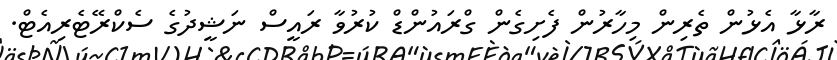
ރާޅާ އެޅުން ތެރިން މިހާރުން ފެށިގެން ގްރައުންޑް ކުރުވާ ރައީސް ނަޝީދުގެ ސެކްރޭޓެރިއެޓް.